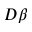
D \beta